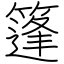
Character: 篷